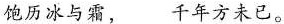
饱历冰与霜， 千年方未已。